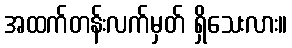
အထက်တန်းလက်မှတ် ရှိသေးလား။